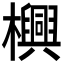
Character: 𬅊